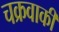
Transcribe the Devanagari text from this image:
चक्रवाकी